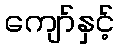
ကျော်နှင့်